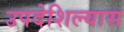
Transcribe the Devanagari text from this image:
उपदेशिल्यास